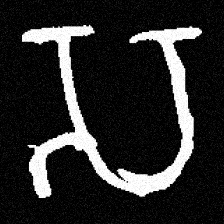
Pyu character \u2014 Myanmar letter: သ (romanized: sa)